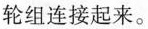
轮组连接起来。